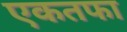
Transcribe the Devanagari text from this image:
एकतफा